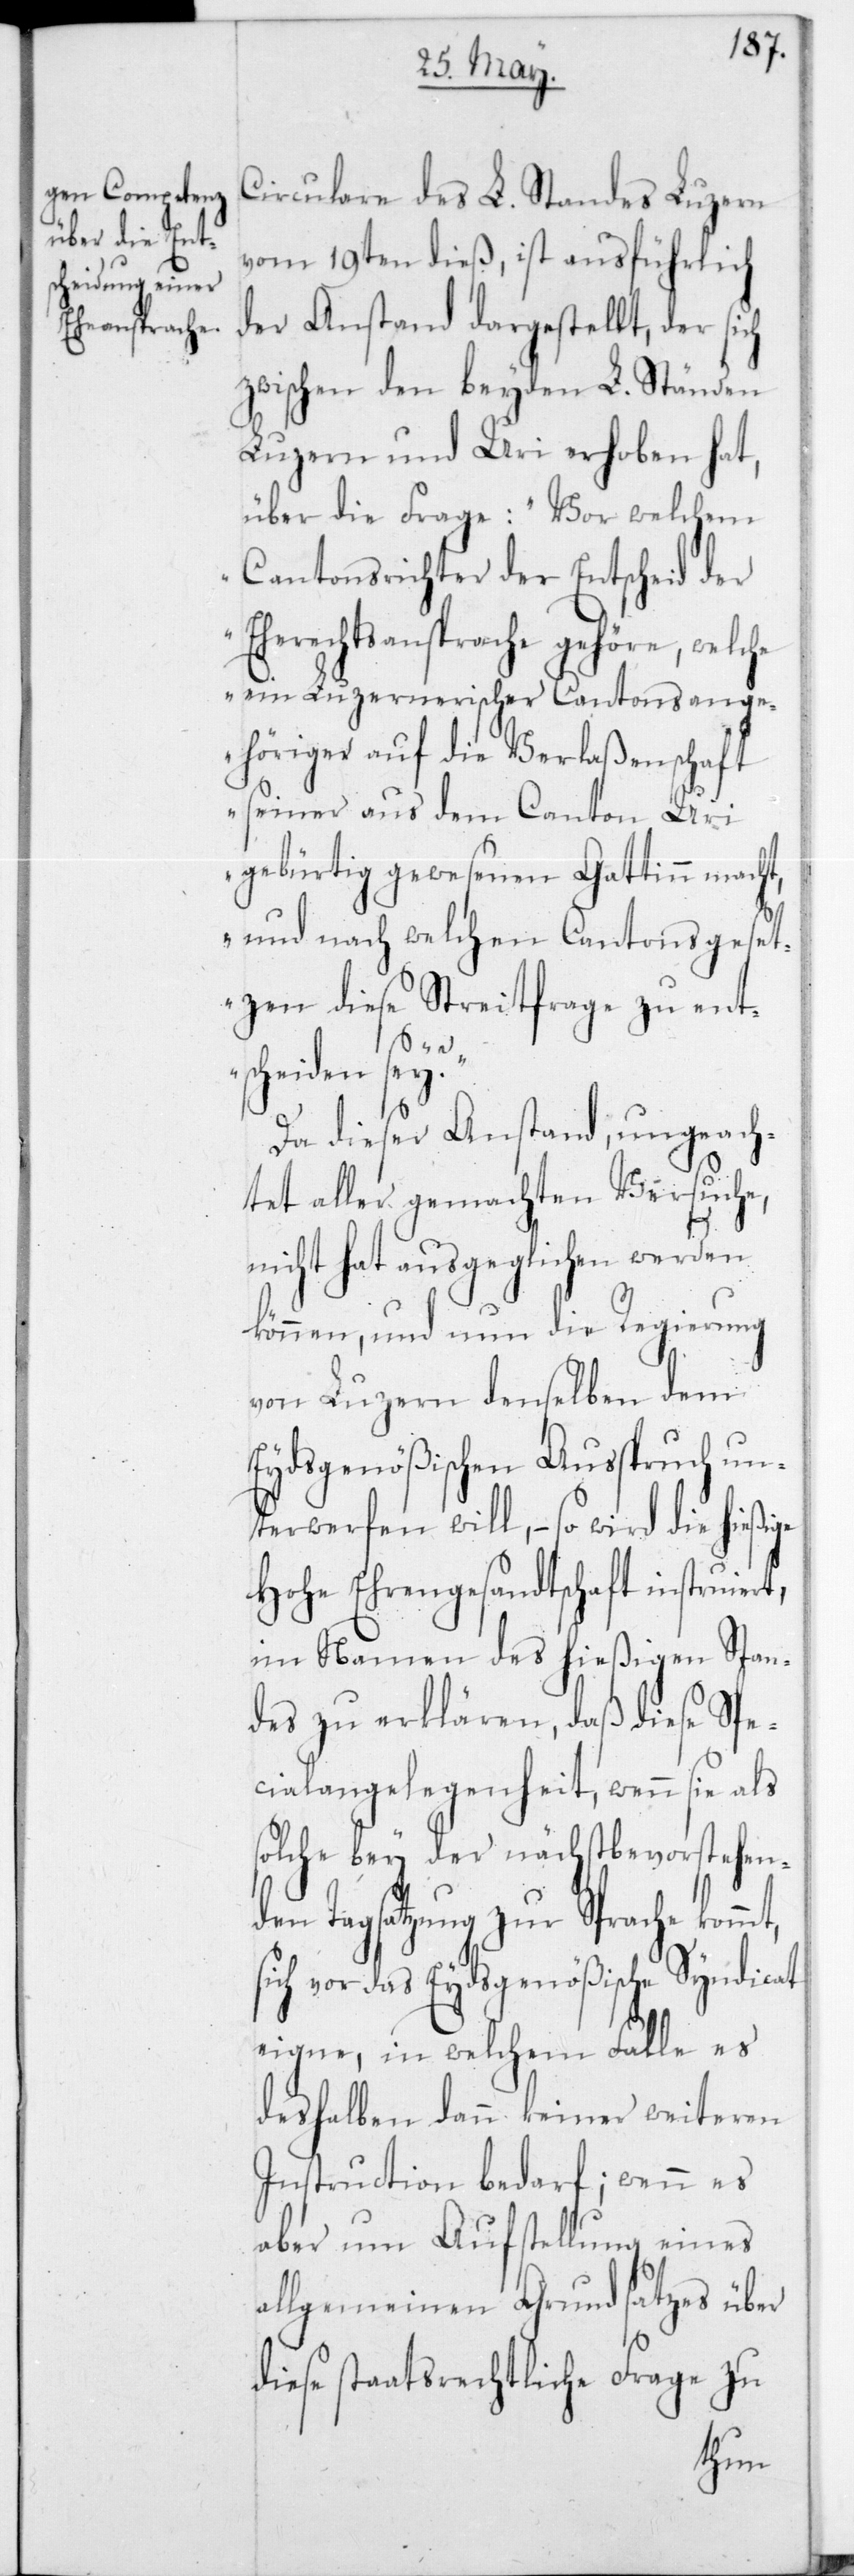
Circulare des L. Standes Luzern
vom 19ten dieß, ist ausführlich
der Anstand dargestellt, der sich
zwischen den beyden L. Ständen
Luzern und Uri erhoben hat,
über die Frage: „Vor welchem
Cantonsrichter der Entscheid der
Eherechtsansprache gehöre, welche
ein Luzernerischer Cantonsange¬
höriger auf die Verlaßenschaft
seiner aus dem Canton Uri
gebürtig gewesenen Gattin macht,
und nach welchen Cantonsgeset¬
zen diese Streitfrage zu ent¬
rt,
scheiden sey?“
Da dieser Anstand, ungeach¬
tet aller gemachten Versuche,
nicht hat ausgeglichen werden
können, und nun die Regierung
von Luzern denselben dem
Eydsgenößischen Ausspruch un¬
terwerfen will, – so wird die hießige
Hohe Ehrengesandtschaft instruie¬
im Namen des hießigen Stan¬
des zu erklären, daß diese Spe¬
cialangelegenheit, wenn sie als
solche bey der nächstbevorstehen¬
den Tagsatzung zur Sprache
sich vor das Eydsgenößische Syndicat
eigne, in welchem Falle es
deshalben dann keiner weiteren
Instruction bedarf; wenn es
aber um Aufstellung eines
allgemeinen Grundsatzes über
diese staatsrechtliche Frage zu